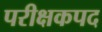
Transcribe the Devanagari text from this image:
परीक्षकपद